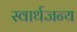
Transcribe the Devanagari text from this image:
स्वार्थजन्य